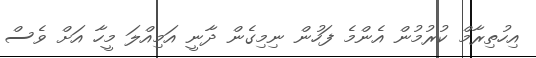
އިހުތިރާމް ކުރުމުން އެންމެ ފަހުން ނިމިގެން ދާނީ އަމިއްލަ މީހާ އަށް ވެސް